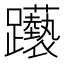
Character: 𲄕